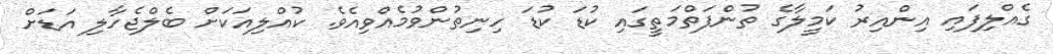
ގެއްލިފައި އިންއިރު ކަމީލާގެ ތުންފަތްމަތީގައި ކުޑަ ކުޑަ ހިނިތުންވުމެއްވިއެވެ. ކުއްލިއަކަށް ބެލްޖެހާލި އަޑަށް